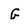
Character: G